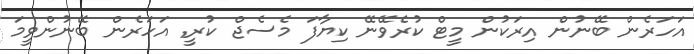
އަހަރެން ބޭނުން އިރަކުން މީޓް ކުރެވޭނޭ ކިޔާފަ މެސެޖް ކުރީ